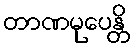
တာဏမုပေန္တိ